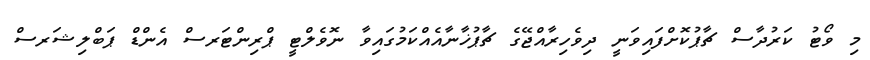
މި ވޯޓު ކަރުދާސް ޗާޕުކޮށްފައިވަނީ ދިވެހިރާއްޖޭގެ ޗާޕުޚާނާއެއްކަމުގައިވާ ނޮވެލްޓީ ޕްރިންޓަރސް އެންޑް ޕަބްލިޝަރސް